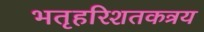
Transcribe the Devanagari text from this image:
भतृहरिशतकत्रय